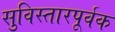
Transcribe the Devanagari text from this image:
सुविस्तारपूर्वक